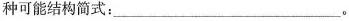
种可能结构简式：_。